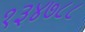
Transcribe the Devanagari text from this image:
१३४७८८